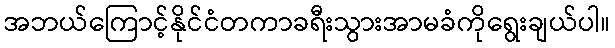
အဘယ်ကြောင့်နိုင်ငံတကာခရီးသွားအာမခံကိုရွေးချယ်ပါ။